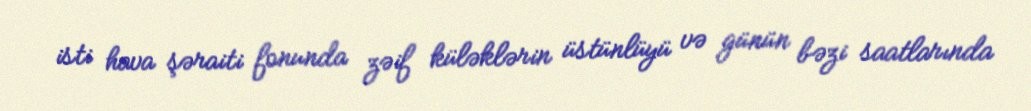
isti hava şəraiti fonunda zəif küləklərin üstünlüyü və günün bəzi saatlarında